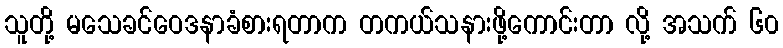
သူတို့ မသေခင်ဝေဒနာခံစားရတာက တကယ်သနားဖို့ကောင်းတာ လို့ အသက် ၆၀